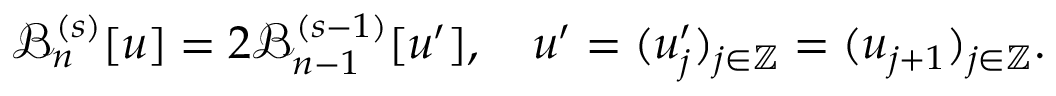
\mathcal { B } _ { n } ^ { ( s ) } [ u ] = 2 \mathcal { B } _ { n - 1 } ^ { ( s - 1 ) } [ u ^ { \prime } ] , \quad u ^ { \prime } = ( u _ { j } ^ { \prime } ) _ { j \in \mathbb { Z } } = ( u _ { j + 1 } ) _ { j \in \mathbb { Z } } .